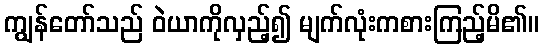
ကျွန်တော်သည် ဝဲယာကိုလှည့်၍ မျက်လုံးကစားကြည့်မိ၏။